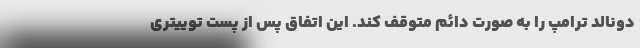
دونالد ترامپ را به صورت دائم متوقف کند. این اتفاق پس از پست توییتری